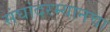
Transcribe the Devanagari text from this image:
संघांदरम्यानचा